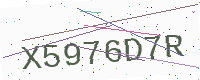
Text: X5976D7R